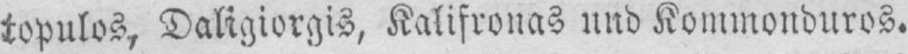
topulos, Daligiorgis, Kalifronas und Kommonduros.